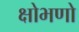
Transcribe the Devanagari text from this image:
क्षोभणो